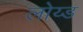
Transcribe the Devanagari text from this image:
लोय्ड